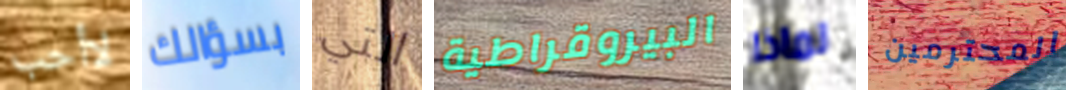
لاأحب بسؤالك التي البيروقراطية لماذا المحترمين